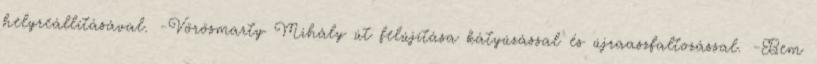
helyreállításával. -Vörösmarty Mihály út felújítása kátyúzással és újraaszfaltozással. -Bem